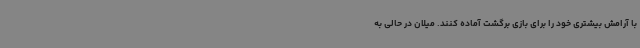
با آرامش بیشتری خود را برای بازی برگشت آماده کنند. میلان در حالی به